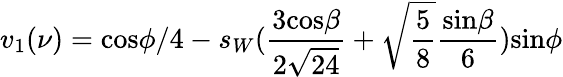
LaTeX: v_{1}(\nu)=\mathrm{cos}\phi/4-s_{W}(\frac{3\mathrm{cos}\beta}{2\sqrt{24}}+\sqrt{\frac 58}\frac{\mathrm{sin}\beta}{6})\mathrm{sin}\phi